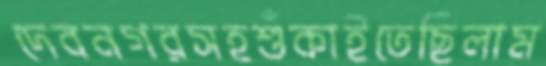
দেবনগরসহশুঁকাইতেছিলাম